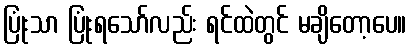
ပြုံးသာ ပြုံးရသော်လည်း ရင်ထဲတွင် မချိတော့ပေ။